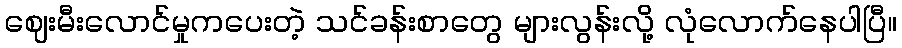
ဈေးမီးလောင်မှုကပေးတဲ့ သင်ခန်းစာတွေ များလွန်းလို့ လုံလောက်နေပါပြီ။